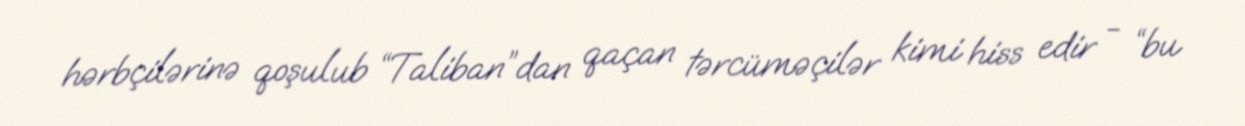
hərbçilərinə qoşulub “Taliban”dan qaçan tərcüməçilər kimi hiss edir - “bu